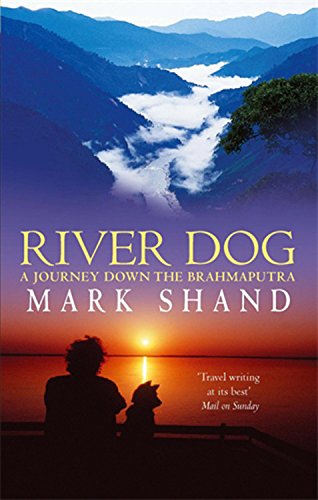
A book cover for River Dog: A Journey Down the Brahmaputra; Mark Shand; Travel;